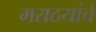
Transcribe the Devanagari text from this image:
मराठयांचे